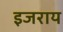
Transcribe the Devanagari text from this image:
इजराय